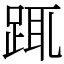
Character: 踂